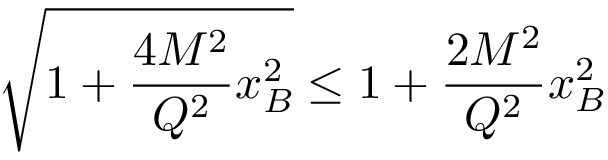
\sqrt { 1 + \frac { 4 M ^ { 2 } } { Q ^ { 2 } } x _ { B } ^ { 2 } } \leq 1 + \frac { 2 M ^ { 2 } } { Q ^ { 2 } } x _ { B } ^ { 2 }